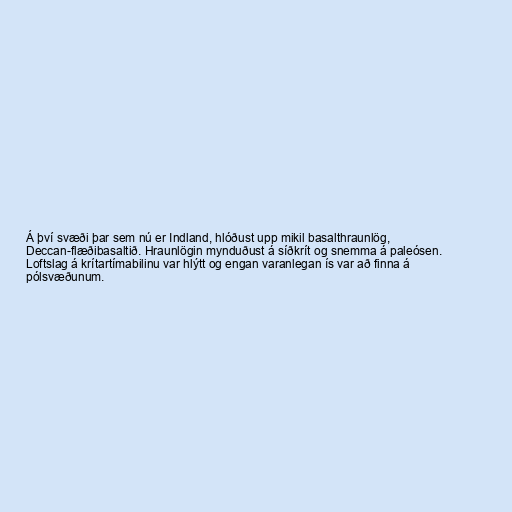
Á því svæði þar sem nú er Indland, hlóðust upp mikil basalthraunlög,
Deccan-flæðibasaltið. Hraunlögin mynduðust á síðkrít og snemma á paleósen.
Loftslag á krítartímabilinu var hlýtt og engan varanlegan ís var að finna á
pólsvæðunum.